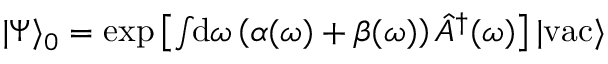
\begin{array} { r } { | \Psi \rangle _ { 0 } = \exp \left[ \int \! \! \mathrm { d } \omega \left( \alpha ( \omega ) + \beta ( \omega ) \right) \hat { A } ^ { \dagger } ( \omega ) \right] | \mathrm { v a c } \rangle } \end{array}